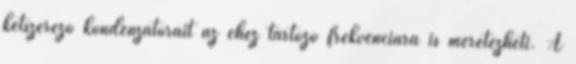
kétszerezõ kondenzátorait az ehez tartozó frekvenciára is méretezheti. A